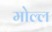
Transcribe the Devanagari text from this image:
मोल्ल